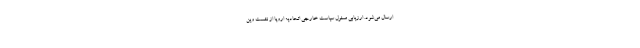
ارسال می‌شود. ارزیابی مسئول سیاست خارجی اتحادیه اروپا از نشست وین